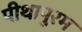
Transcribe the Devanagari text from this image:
पीथापुरम